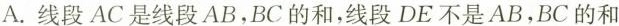
A.线段AC是线段AB，BC的和，线段DE不是AB，BC的和